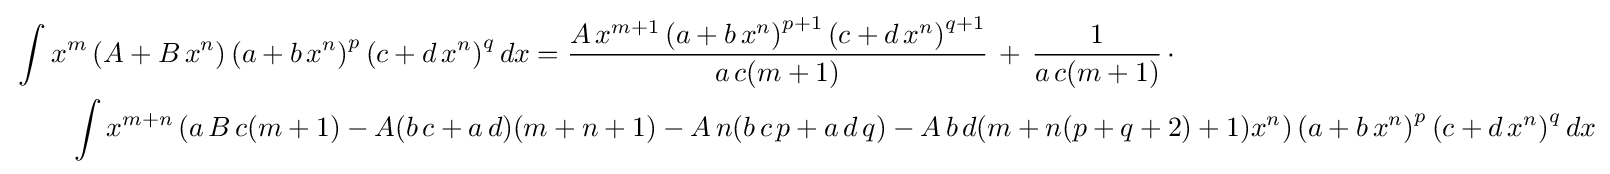
{\begin{aligned}&\int x^{m}\left(A+B\,x^{n}\right)\left(a+b\,x^{n}\right)^{p}\left(c+d\,x^{n}\right)^{q}dx={\frac {A\,x^{m+1}\left(a+b\,x^{n}\right)^{p+1}\left(c+d\,x^{n}\right)^{q+1}}{a\,c(m+1)}}\,+\,{\frac {1}{a\,c(m+1)}}\,\cdot \\&\qquad \int x^{m+n}\left(a\,B\,c(m+1)-A(b\,c+a\,d)(m+n+1)-A\,n(b\,c\,p+a\,d\,q)-A\,b\,d(m+n(p+q+2)+1)x^{n}\right)\left(a+b\,x^{n}\right)^{p}\left(c+d\,x^{n}\right)^{q}dx\end{aligned}}